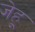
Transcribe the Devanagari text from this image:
जेहू